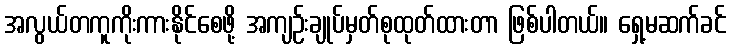
အလွယ်တကူကိုးကားနိုင်စေဖို့ အကျဉ်းချုပ်မှတ်စုထုတ်ထားတာ ဖြစ်ပါတယ်။ ရှေ့မဆက်ခင်